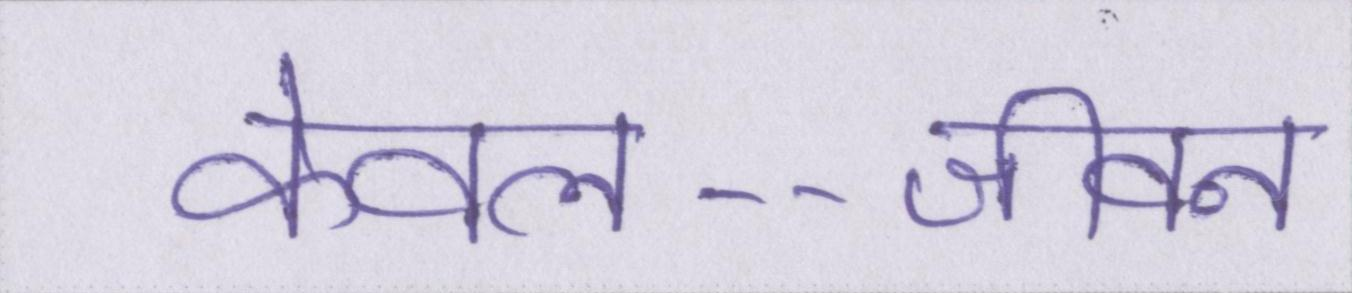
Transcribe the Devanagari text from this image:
केवल--जीवन